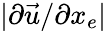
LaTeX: |\partial\vec{u}/\partial x_{e}|